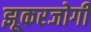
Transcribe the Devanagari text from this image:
झूकरजोगी